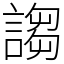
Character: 謅